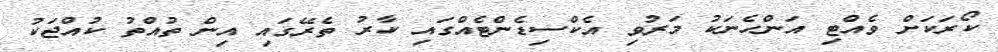
ކޯރަކަށް ވެއްޓި އަންހެނަކު މަރުވި އެކްސިޑެންޓެއްގައި ކާރު ތެރޭގައި އިން ތުއްތު ކުއްޖަކު